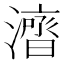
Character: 𱩜